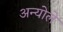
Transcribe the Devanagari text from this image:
अन्योले